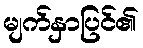
မျက်နှာပြင်၏